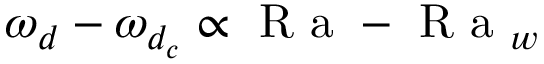
\omega _ { d } - \omega _ { d _ { c } } \propto \textrm { R a } - \textrm { R a } _ { w }